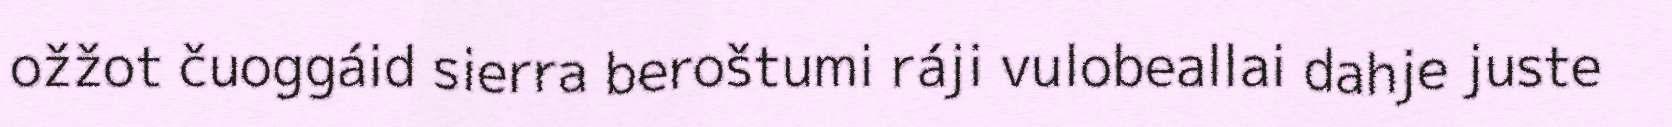
ožžot čuoggáid sierra beroštumi ráji vulobeallai dahje juste